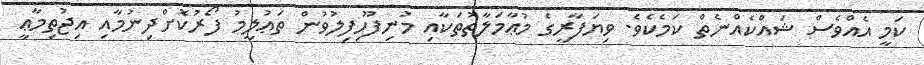
ކަމީ އެއްވެސް ޝައްކެއްނެތް ކަމެކެވެ. ވިޔަފާރީގެ މުޢާމަލާތުތަކާއި މުނިފޫހިފިލުވުން ތަޢުލީމު ފޯރުކޮށްދިނުމާއި އިޖުތިމާޢީ